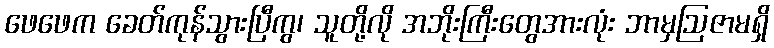
ဖေဖေက ခေတ်ကုန်သွားပြီကွ၊ သူတို့လို အဘိုးကြီးတွေအားလုံး ဘာမှဩဇာမရှိ